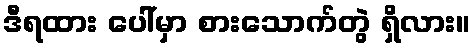
ဒီရထား ပေါ်မှာ စားသောက်တွဲ ရှိလား။